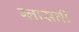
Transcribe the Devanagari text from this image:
ग्लासची